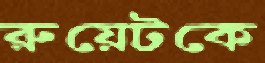
রুয়েটকে